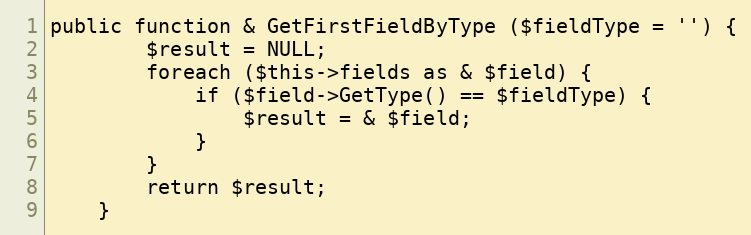
Language: PHP
public function & GetFirstFieldByType ($fieldType = '') {
		$result = NULL;
		foreach ($this->fields as & $field) {
			if ($field->GetType() == $fieldType) {
				$result = & $field;
			}
		}
		return $result;
	}